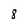
Character: 8